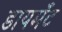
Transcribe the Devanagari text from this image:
डायमॅंट